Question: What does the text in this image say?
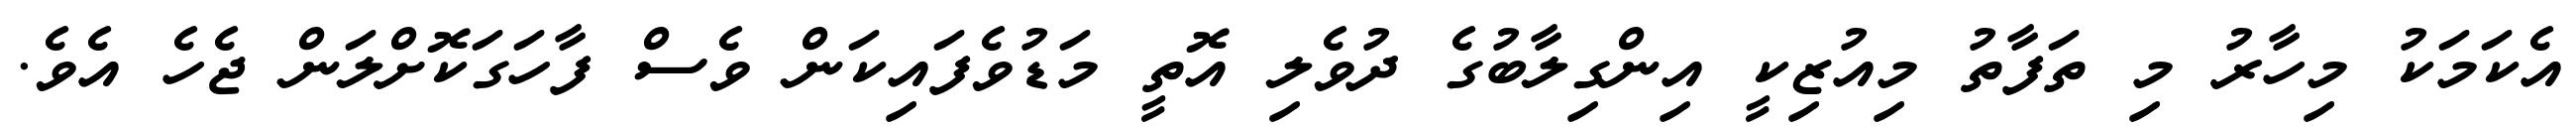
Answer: އެކަމަކު މިހާރު މި ތަފާތު މިއުޒިކީ އިންގިލާބުގެ ދުވެލި އޮތީ މަޑުވެފައިކަން ވެސް ފާހަގަކޮށްލަން ޖެހެ އެވެ.